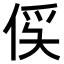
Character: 𫢥